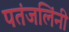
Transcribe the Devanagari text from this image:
पतंजलिंनी